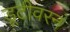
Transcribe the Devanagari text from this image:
डूटीवरनं